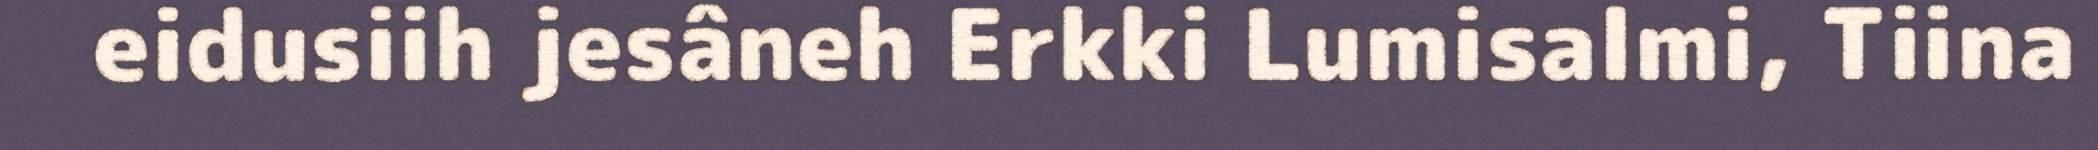
eidusiih jesâneh Erkki Lumisalmi, Tiina